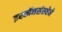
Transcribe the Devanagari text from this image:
इस्कॉनसंस्थेने